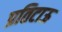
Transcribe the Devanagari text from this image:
प्रतिटाऊ